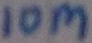
Text: 10M